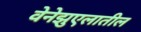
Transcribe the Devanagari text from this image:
वेनेझुएलातील